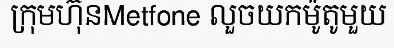
ក្រុមហ៊ុនMetfone លួចយកម៉ូតូមួយ